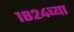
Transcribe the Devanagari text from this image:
१८२४च्या